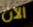
الآن